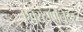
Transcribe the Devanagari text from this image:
एक्स्ट्रापोलेटर